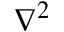
\nabla ^ { 2 }